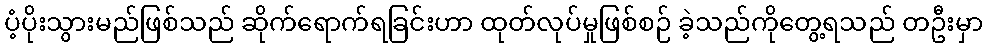
ပံ့ပိုးသွားမည်ဖြစ်သည် ဆိုက်ရောက်ရခြင်းဟာ ထုတ်လုပ်မှုဖြစ်စဉ် ခဲ့သည်ကိုတွေ့ရသည် တဦးမှာ